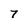
Character: 7